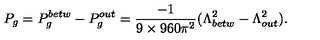
P _ { g } = P _ { g } ^ { b e t w } - P _ { g } ^ { o u t } = \frac { - 1 } { 9 \times 9 6 0 \pi ^ { 2 } } ( \Lambda _ { b e t w } ^ { 2 } - \Lambda _ { o u t } ^ { 2 } ) .